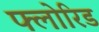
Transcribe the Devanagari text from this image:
फ्लोरिड